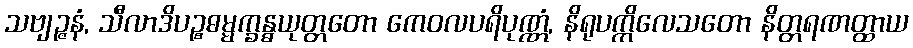
သဗျဉ္ဇနံ, သီလာဒိပဉ္စဓမ္မက္ခန္ဓယုတ္တတော ကေဝလပရိပုဏ္ဏံ, နိရုပက္ကိလေသတော နိတ္တရဏတ္ထာယ